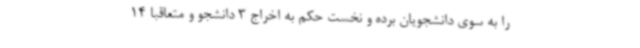
را به سوی دانشجویان برده و نخست حکم به اخراج 3 دانشجو و متعاقبا 14